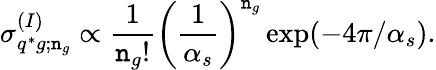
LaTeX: \sigma_{q^{*}g;\mathtt{n}_{g}}^{(I)}\propto\frac{{1}}{{\mathtt{n}_{g}!}}\left(\frac{{1}}{{\alpha_{s}}}\right)^{\mathtt{n}_{g}}\exp(-4\pi/\alpha_{s}).